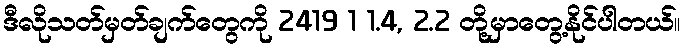
ဒီလိုသတ်မှတ်ချက်တွေကို 2419 1 1.4, 2.2 တို့မှာတွေ့နိုင်ပါတယ်။